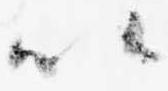
以